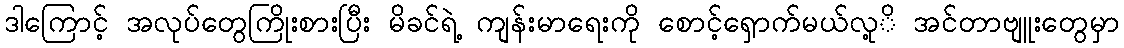
ဒါကြောင့် အလုပ်တွေကြိုးစားပြီး မိခင်ရဲ့ ကျန်းမာရေးကို စောင့်ရှောက်မယ်လု့ိ အင်တာဗျူးတွေမှာ